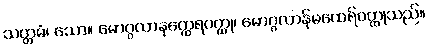
သတ္တမံ၊ သော။ မောဂ္ဂလာနတ္ထေရဝတ္ထု၊ မောဂ္ဂလာန်မထေရ်ဝတ္ထုသည်။